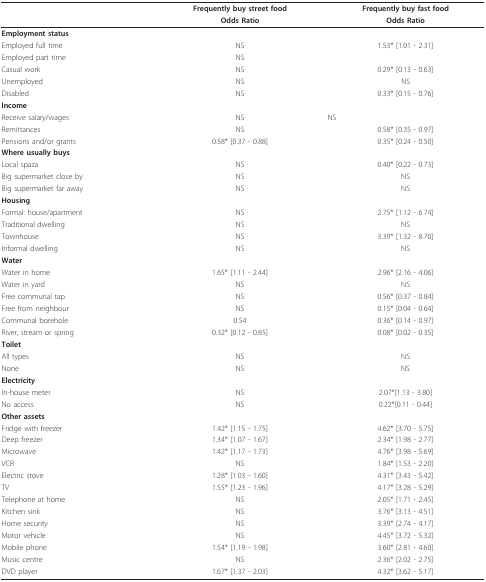
<table><thead><tr><td></td><td><b>Frequently buy street food</b></td><td><b>Frequently buy fast food</b></td></tr><tr><td></td><td><b>Odds Ratio</b></td><td><b>Odds Ratio</b></td></tr></thead><tbody><tr><td><b>Employment status</b></td><td></td><td></td></tr><tr><td>Employed full time</td><td>NS</td><td>1.53* [1.01 - 2.31]</td></tr><tr><td>Employed part time</td><td>NS</td><td></td></tr><tr><td>Casual work</td><td>NS</td><td>0.29* [0.13 - 0.63]</td></tr><tr><td>Unemployed</td><td>NS</td><td>NS</td></tr><tr><td>Disabled</td><td>NS</td><td>0.33* [0.15 - 0.76]</td></tr><tr><td><b>Income</b></td><td></td><td></td></tr><tr><td>Receive salary/wages</td><td>NS</td><td>NS</td></tr><tr><td>Remittances</td><td>NS</td><td>0.58* [0.35 - 0.97]</td></tr><tr><td>Pensions and/or grants</td><td>0.58* [0.37 - 0.88]</td><td>0.35* [0.24 - 0.50]</td></tr><tr><td><b>Where usually buys</b></td><td></td><td></td></tr><tr><td>Local spaza</td><td>NS</td><td>0.40* [0.22 - 0.73]</td></tr><tr><td>Big supermarket close by</td><td>NS</td><td>NS</td></tr><tr><td>Big supermarket far away</td><td>NS</td><td>NS</td></tr><tr><td><b>Housing</b></td><td></td><td></td></tr><tr><td>Formal: house/apartment</td><td>NS</td><td>2.75* [1.12 - 6.74]</td></tr><tr><td>Traditional dwelling</td><td>NS</td><td>NS</td></tr><tr><td>Townhouse</td><td>NS</td><td>3.39* [1.32 - 8.70]</td></tr><tr><td>Informal dwelling</td><td>NS</td><td>NS</td></tr><tr><td><b>Water</b></td><td></td><td></td></tr><tr><td>Water in home</td><td>1.65* [1.11 - 2.44]</td><td>2.96* [2.16 - 4.06]</td></tr><tr><td>Water in yard</td><td>NS</td><td>NS</td></tr><tr><td>Free communal tap</td><td>NS</td><td>0.56* [0.37 - 0.84]</td></tr><tr><td>Free from neighbour</td><td>NS</td><td>0.15* [0.04 - 0.64]</td></tr><tr><td>Communal borehole</td><td>0.54</td><td>0.36* [0.14 - 0.97]</td></tr><tr><td>River, stream or spring</td><td>0.32* [0.12 - 0.85]</td><td>0.08* [0.02 - 0.35]</td></tr><tr><td><b>Toilet</b></td><td></td><td></td></tr><tr><td>All types</td><td>NS</td><td>NS</td></tr><tr><td>None</td><td>NS</td><td>NS</td></tr><tr><td><b>Electricity</b></td><td></td><td></td></tr><tr><td>In-house meter</td><td>NS</td><td>2.07*[1.13 - 3.80]</td></tr><tr><td>No access</td><td>NS</td><td>0.22*[0.11 - 0.44]</td></tr><tr><td><b>Other assets</b></td><td></td><td></td></tr><tr><td>Fridge with freezer</td><td>1.42* [1.15 - 1.75]</td><td>4.62* [3.70 - 5.75]</td></tr><tr><td>Deep freezer</td><td>1.34* [1.07 - 1.67]</td><td>2.34* [1.98 - 2.77]</td></tr><tr><td>Microwave</td><td>1.42* [1.17 - 1.73]</td><td>4.76* [3.98 - 5.69]</td></tr><tr><td>VCR</td><td>NS</td><td>1.84* [1.53 - 2.20]</td></tr><tr><td>Electric stove</td><td>1.28* [1.03 - 1.60]</td><td>4.31* [3.43 - 5.42]</td></tr><tr><td>TV</td><td>1.55* [1.23 - 1.96]</td><td>4.17* [3.28 - 5.29]</td></tr><tr><td>Telephone at home</td><td>NS</td><td>2.05* [1.71 - 2.45]</td></tr><tr><td>Kitchen sink</td><td>NS</td><td>3.76* [3.13 - 4.51]</td></tr><tr><td>Home security</td><td>NS</td><td>3.39* [2.74 - 4.17]</td></tr><tr><td>Motor vehicle</td><td>NS</td><td>4.45* [3.72 - 5.32]</td></tr><tr><td>Mobile phone</td><td>1.54* [1.19 - 1.98]</td><td>3.60* [2.81 - 4.60]</td></tr><tr><td>Music centre</td><td>NS</td><td>2.36* [2.02 - 2.75]</td></tr><tr><td>DVD player</td><td>1.67* [1.37 - 2.03]</td><td>4.32* [3.62 - 5.17]</td></tr></tbody></table>